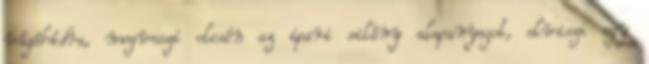
vágóhídra, megveszi olcsón az ipari silány alapanyagot, elviszi egy